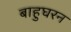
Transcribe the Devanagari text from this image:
बाहुघरन